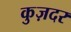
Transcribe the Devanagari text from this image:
कुज़दर